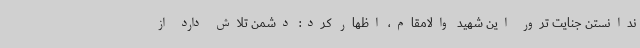
ندانستن جنایت ترور این شهید والامقام، اظهار کرد: دشمن تلاش دارد از